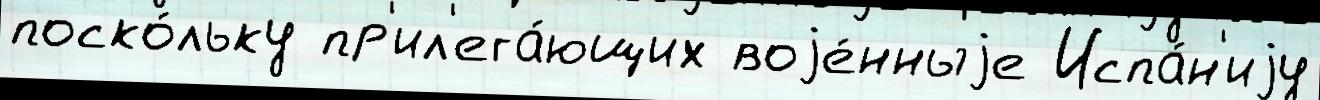
поско́льку пр'ил'ега́ющих воjе́нныjе Испа́н'иjу